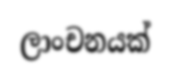
ලාංචනයක්